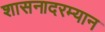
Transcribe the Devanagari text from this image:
शासनादरम्यान